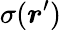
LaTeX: \sigma({\boldsymbol{r}}^{\prime})